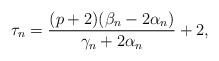
LaTeX: \begin{align*} \tau_n = \frac{(p+2) (\beta_n-2\alpha_n)}{\gamma_n+2 \alpha_n} +2, \end{align*}